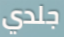
جلدي